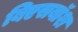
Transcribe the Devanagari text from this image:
बिएसबॉश